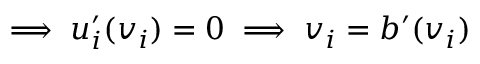
\implies u _ { i } ^ { \prime } ( v _ { i } ) = 0 \implies v _ { i } = b ^ { \prime } ( v _ { i } )